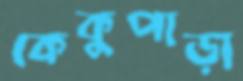
কেকুপাড়া